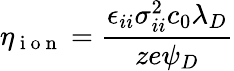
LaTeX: \eta_{\mathrm{~i~o~n~}}=\frac{\epsilon_{ii}\sigma_{ii}^{2}c_{0}\lambda_{D}}{ze\psi_{D}}